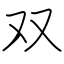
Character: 双